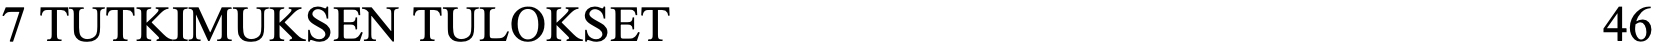
7 TUTKIMUKSEN TULOKSET                               46